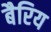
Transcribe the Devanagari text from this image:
बैरिय